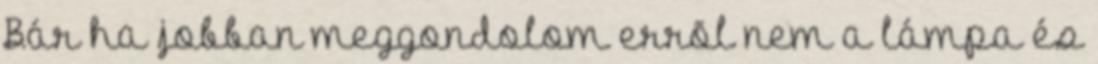
Bár ha jobban meggondolom errõl nem a lámpa és